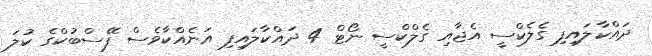
ދައްކާލައިފި ގެލެކްސީ އެޖާއި ގެލްކްސީ ނޯޓް 4 ދައްކާލައިފި އަނެއްކާވެސް ފޭސްބުކްގެ ކުލަ